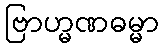
ဗြာဟ္မဏဓမ္မာ